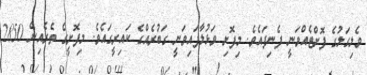
ވެލިގަލުގެ ފޮށްޓެއްވަނީ ފެނިފައެވެ. މިފޮށި ވަޅުލާފައިވަނީ ގަބުރެއްގެ ކައިރީގައެވެ. މިފޮށީގެ ތެރެއިން 2850